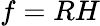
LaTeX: f=RH